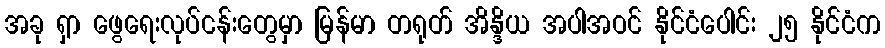
အခု ရှာ ဖွေရေးလုပ်ငန်းတွေမှာ မြန်မာ တရုတ် အိန္ဒိယ အပါအဝင် နိုင်ငံပေါင်း ၂၅ နိုင်ငံက